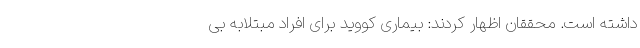
داشته است. محققان اظهار کردند: بیماری کووید برای افراد مبتلابه بی